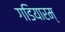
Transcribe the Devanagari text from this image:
गडियारम्